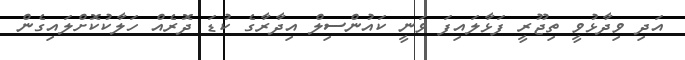
އަދި ވިދާޅުވީ ތިޖޫރީ ފަޅާލައިފަ ވަނީ ކައުންސިލް އިދާރާގެ ކުޑަ ދޮރެއް ހަލާކުކޮށްލައިގެން